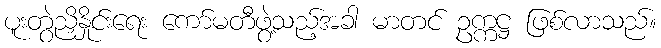
ပူးတွဲညှိနှိုင်းရေး ကော်မတီဖွဲ့သည့်အခါ မာတင် ဥက္ကဋ္ဌ ဖြစ်လာသည်။